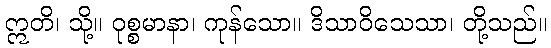
ဣတိ၊ သို့။ ဝုစ္စမာနာ၊ ကုန်သော။ ဒိသာဝိသေသာ၊ တို့သည်။